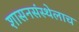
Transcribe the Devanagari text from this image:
शासनसंस्थेलाच